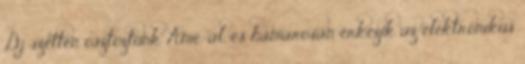
Dj szetten osztoztunk Ame-al, és hamarosan érkezik az elektronikus